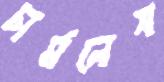
চার্মলেস